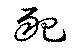
豝